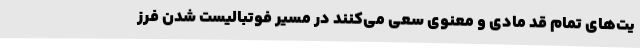
یت‌های تمام قد مادی و معنوی سعی می‌کنند در مسیر فوتبالیست شدن فرز